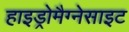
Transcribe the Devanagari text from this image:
हाइड्रोमैग्नेसाइट